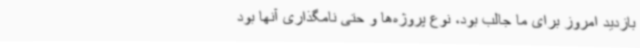
بازدید امروز برای ما جالب بود، نوع پروژه‌ها و حتی نامگذاری آنها بود